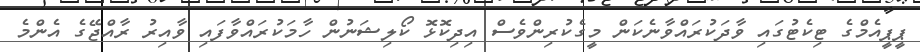
ޕީޕީއެމްގެ ޓިކެޓުގައި ވާދަކުރައްވާނެކަން މީގެކުރިންވެސް އިދިކޮޅޮ ކޯލިޝަނުން ހާމަކުރައްވާފައި ވާއިރު ރާއްޖޭގެ އެންމެ